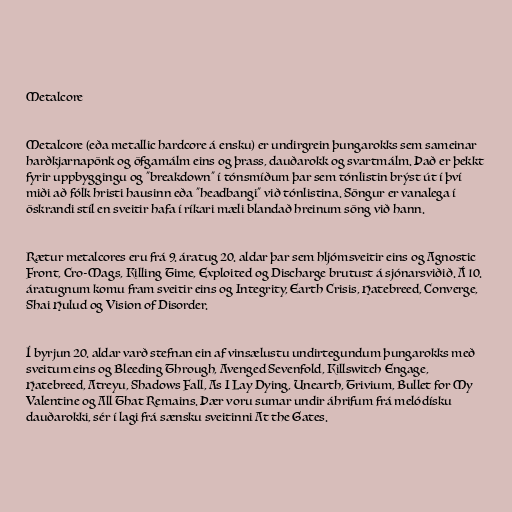
Metalcore

Metalcore (eða metallic hardcore á ensku) er undirgrein þungarokks sem sameinar
harðkjarnapönk og öfgamálm eins og þrass, dauðarokk og svartmálm. Það er þekkt
fyrir uppbyggingu og "breakdown" í tónsmíðum þar sem tónlistin brýst út í því
miði að fólk hristi hausinn eða "headbangi" við tónlistina. Söngur er vanalega í
öskrandi stíl en sveitir hafa í ríkari mæli blandað hreinum söng við hann.

Rætur metalcores eru frá 9. áratug 20. aldar þar sem hljómsveitir eins og Agnostic
Front, Cro-Mags, Killing Time, Exploited og Discharge brutust á sjónarsviðið. Á 10.
áratugnum komu fram sveitir eins og Integrity, Earth Crisis, Hatebreed, Converge,
Shai Hulud og Vision of Disorder.

Í byrjun 20. aldar varð stefnan ein af vinsælustu undirtegundum þungarokks með
sveitum eins og Bleeding Through, Avenged Sevenfold, Killswitch Engage,
Hatebreed, Atreyu, Shadows Fall, As I Lay Dying, Unearth, Trivium, Bullet for My
Valentine og All That Remains. Þær voru sumar undir áhrifum frá melódísku
dauðarokki, sér í lagi frá sænsku sveitinni At the Gates.